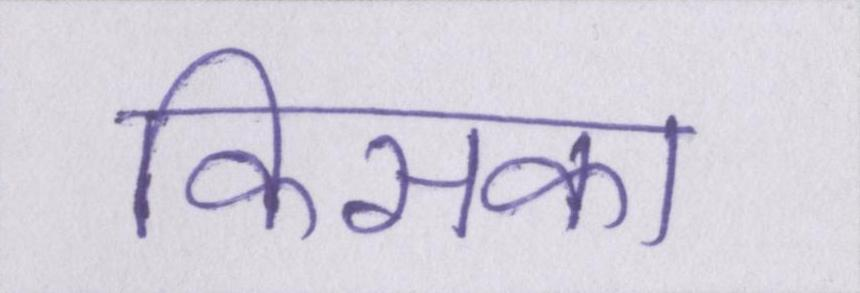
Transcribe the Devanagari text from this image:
किसका